Report on the treatment of epidemic cholera: from information collected by the governments of Bengal, Madras, Bombay, N.W. Provinces, Punjab, Oudh, and Central India, by order of the Government of India
Disease focus: Cholera
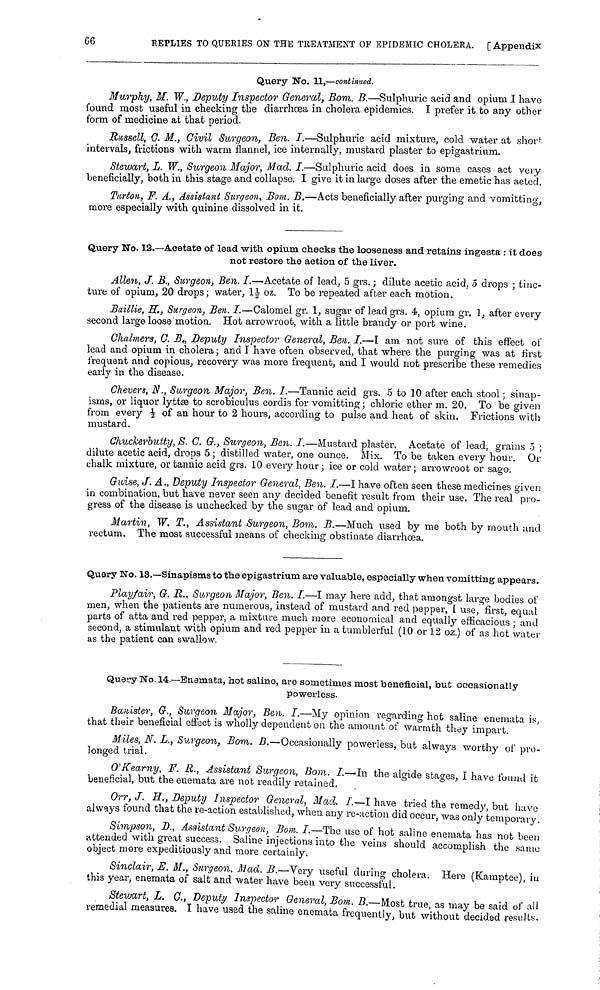
66
REPLIES TO QUERIES ON THE TREATMENT OF EPIDEMIC CHOLERA. [ Appendix
Query No. 11,—continued.
Murphy, M. W., Deputy Inspector General, Bom. B—Sulphuric acid and opium I have
found most useful in checking the diarrhœa in cholera epidemics. I prefer it to any other
form of medicine at that period.
Russell, C. M., Civil Surgeon, Ben. I.—Sulphuric acid mixture, cold water at short
intervals, frictions with warm flannel, ice internally, mustard plaster to epigastrium.
Stewart, L. W., Surgeon Major, Mad. I.—Sulphuric acid does in some cases act very
beneficially, both in this stage and collapse. I give it in large doses after the emetic has acted,
Turton, F. A., Assistant Surgeon, Bom. B.—Acts beneficially after purging and vomitting,
more especially with quinine dissolved in it.
Query No. 12.—Acetate of lead with, opium checks the looseness and retains ingesta : it does
not restore the action of the liver.
Allen, J. B., Surgeon, Ben. I.—Acetate of lead, 5 grs. ; dilute acetic acid, 5 drops ; tinc-
ture of opium, 20 drops; water, 1½ oz. To be repeated after each motion.
Baillie, H., Surgeon, Ben. I.—Calomel gr. 1, sugar of lead grs. 4, opium gr. 1, after every
second large loose motion. Hot arrowroot, with a little brandy or port wine.
Chalmers, C. B., Deputy Inspector General, Ben. I.—Γ am not sure of this effect of
lead and opium in cholera ; and I have often observed, that where the purging was at first
frequent and copious, recovery was more frequent, and I would not prescribe these remedies
early in the disease.
Chevers, N., Surgeon Major, Ben. I.—Tannic acid grs. 5 to 10 after each stool ; sinap-
isms, or liquor lyttæ to scrobiculus cordis for vomitting; chloric ether m. 20. To be given
from every ½ of an hour to 2 hours, according to pulse and heat of skin. Frictions with
mustard.
Chuckerbutty, S. G. G., Surgeon, Ben. I.—Mustard plaster. Acetate of lead, grains 5 ;
dilute acetic acid, drops 5 ; distilled water, one ounce. Mix. To be taken every hour. Or
chalk mixture, or tannic acid grs. 10 every hour; ice or cold water; arrowroot or sago.
Guise, J. A., Deputy Inspector General, Ben. I.—I have often seen these medicines given
in combination, but have never seen any decided benefit result from their use. The real pro-
gress of the disease is unchecked by the sugar of lead and opium.
Martin, W. T., Assistant Surgeon, Bom. B.—Much used by me both by mouth und
rectum. The most successful means of checking obstinate diarrhœa.
Query No. 13.—Sinapisms to the epigastrium are valuable, especially when vomitting appears.
Playfair, G. R., Surgeon Major, Ben. I.—I may here add, that amongst large bodies of
men, when the patients are numerous, instead of mustard and red pepper, I use, first, equal
parts of atta and red pepper, a mixture much more economical and equally efficacious ; and
second, a stimulant with opium and red pepper in a tumblerful (10 or 12 ok) of as hot water
as the patient can swallow.
Query No. 14.—Enemata, hot saline, are sometimes most beneficial, but occasionally
powerless.
Banister, G., Surgeon Major, Ben. I.—My opinion regarding hot saline enemata is,
that their beneficial effect is wholly dependent on the amount of warmth they impart.
Miles, N. L,, Surgeon, Bom. B.—Occasionally powerless, but always worthy of pro-
longed trial.
O'Kearny F. R., Assistant Surgeon, Bom. I.—In the algide stages, I have found it
beneficial, but the enemata are not readily retained.
Orr, J. H., Deputy Inspector General, Mad. I.—I have tried the remedy but have
always found that the re-action established, when any re-action did occur, was only temporary.
Simpson, D., Assistant Surgeon, Bom. I.—The use of hot saline enemata has not been
attended with great success. Saline injections into the veins should accomplish the same
object more expeditiously and more certainly.
Sinclair, E. M., Surgeon Mad. B. —Very useful during cholera. Here (Kamptee), in
this year, enemata of salt and water have been very successful.
Stewart, L. C., Deputy Inspector General, Bom. B.—Most true, as may be said of all
remedial measures. I have used the saline enemata frequently, but without decided results.